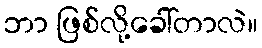
ဘာ ဖြစ်လို့ခေါ်တာလဲ။